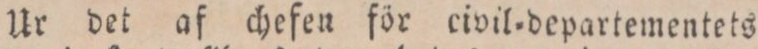
Ur det af chefen för civil=departementets